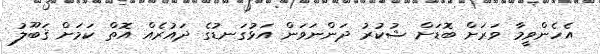
އެހެންވީމާ ވަރަށް ބޮޑަށް ޝުކުރު ދަންނަވަން އަޅުގަނޑުގެ ދައުރެއް އޮތް ކަމަށް ޤަބޫލު